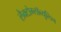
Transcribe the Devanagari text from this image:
लैक्टोग्लॉब्युलिन